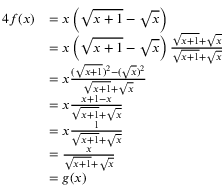
{ \begin{array} { r l } { { 4 } f ( x ) } & { = x \left( { \sqrt { x + 1 } } - { \sqrt { x } } \right) } \\ & { = x \left( { \sqrt { x + 1 } } - { \sqrt { x } } \right) { \frac { { \sqrt { x + 1 } } + { \sqrt { x } } } { { \sqrt { x + 1 } } + { \sqrt { x } } } } } \\ & { = x { \frac { ( { \sqrt { x + 1 } } ) ^ { 2 } - ( { \sqrt { x } } ) ^ { 2 } } { { \sqrt { x + 1 } } + { \sqrt { x } } } } } \\ & { = x { \frac { x + 1 - x } { { \sqrt { x + 1 } } + { \sqrt { x } } } } } \\ & { = x { \frac { 1 } { { \sqrt { x + 1 } } + { \sqrt { x } } } } } \\ & { = { \frac { x } { { \sqrt { x + 1 } } + { \sqrt { x } } } } } \\ & { = g ( x ) } \end{array} }